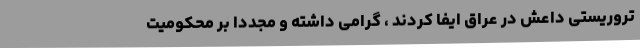
تروریستی داعش در عراق ایفا کردند ، گرامی داشته و مجدداً بر محکومیت